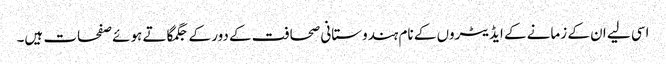
اسی لیے ان کے زمانے کے ایڈیٹروں کے نام ہندوستانی صحافت کے دور کے جگمگاتے ہوئے صفحات ہیں۔